Civil Veterinary Department. United Provinces 1932-42 - 1932-1942
Year: 1932
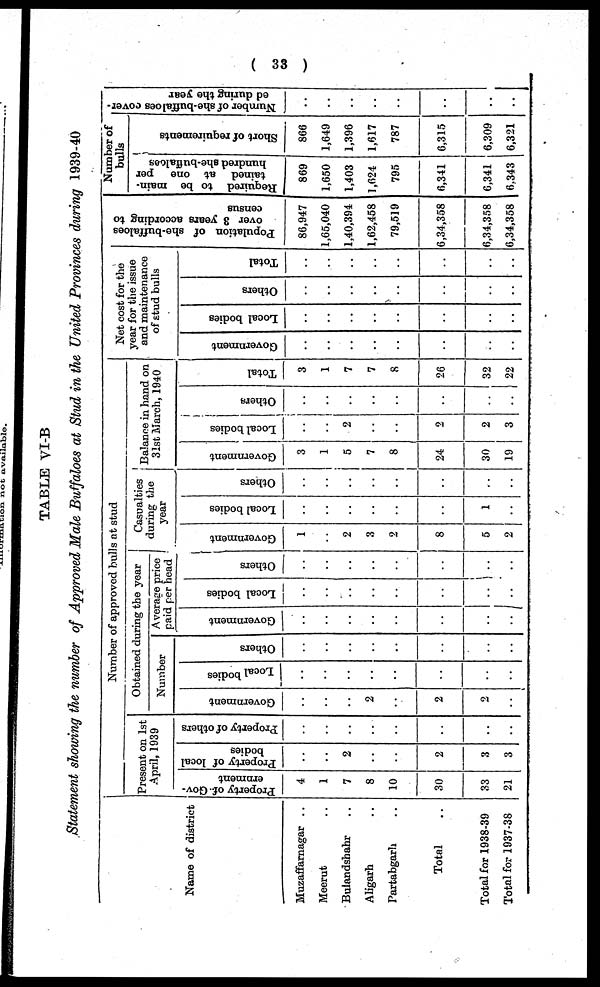
( 33 )
TABLE VI-B
Statement showing the number of Approved Male Buffaloes at Stud in the United Provinces during 1939-40
Name of district
Muzaffarnagar ..
Meerut ..
Bulandshahr ..
Aligarh ..
Partabgarh ..
Total ..
Total for 1938-39
Total for 1937-38
Number of approved bulls at stud
Present on 1st
April, 1939
Property of- Gov-
ernment
4
1
7
8
10
30
33
21
Property of local
bodies
..
..
2
..
..
2
3
3
Property of others
..
..
..
..
..
..
..
..
Obtained during the year
Number
Government
..
..
..
2
..
2
2
..
Local bodies
..
..
..
..
..
..
..
..
Others
..
..
..
..
..
..
..
..
Average price
paid per head
Government
..
..
..
..
..
..
..
..
Local bodies
..
..
..
..
..
..
..
..
Others
..
..
..
..
..
..
..
..
Casualties
during the
year
Government
1
..
2
..
2
8
5
2
Local bodies
..
..
..
..
..
..
1
..
Others
..
..
..
..
..
..
..
..
Balance in hand on
31st March, 1940
Government
3
1
5
7
8
24
30
19
Local bodies
..
..
2
..
..
2
2
3
Others
..
..
..
..
..
..
..
..
Total
3
1
7
7
8
26
32
22
Net cost for the
year for the issue
and maintenance
of stud bulls
Government
..
..
..
..
..
..
..
..
Local bodies
..
..
..
..
..
..
..
..
Others
..
..
..
..
..
..
..
..
Total
..
..
..
..
..
..
..
Population of she-buffaloes
over 3 years according to
census
86,947
1,65,040
1,40,394
1,62,458
79,519
6,34,358
6,34,358
6,34,358
Number of
bulls
Required to be main-
tained at one per
hundred she-buffaloes
869
1,650
1,403
1,624
795
6,341
6,341
6,343
Short of requirements
866
1,649
1,396
1,617
787
6,315
6,309
6,321
Number of she-buffaloes cover-
ed during the year
..
..
..
..
..
..
..
..